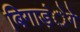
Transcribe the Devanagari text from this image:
बिगाड़ंेगे